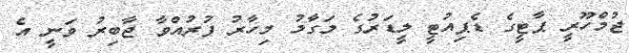
ޖުމްހޫރީ ޕާޓީގެ ޑެޕިއުޓީ ލީޑަރުގެ މަގާމު މިހާރު ފުރުއްވާ ޖާބިރު ވަނީ އެ